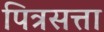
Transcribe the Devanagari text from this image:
पित्रसत्ता